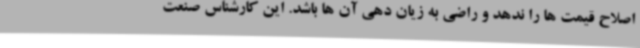
اصلاح قیمت ها را ندهد و راضی به زیان دهی آن ها باشد. این کارشناس صنعت